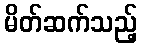
မိတ်ဆက်သည့်